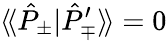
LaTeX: \langle\! \langle\hat{P}_{\pm}|\hat{P}_{\mp}^{\prime}\rangle\! \rangle=0